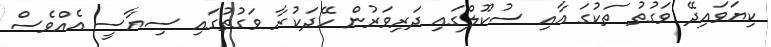
ކިޔަވައިދޭ ވަގުތު ތަކުގަ އާއި ސުކޫލްގައި ދަރިވަރުން ހޭދަކުރާ ވަގުތުގައި ސިޔާސީ އެއްވެސް